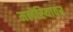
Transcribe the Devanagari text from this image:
मलेरियावर